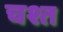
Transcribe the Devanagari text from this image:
चश्त